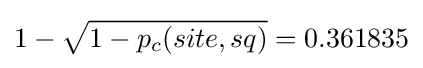
1-{\sqrt {1-p_{c}(site,sq)}}=0.361835